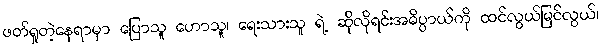
ဖတ်ရှုတဲ့နေရာမှာ ပြောသူ ဟောသူ၊ ရေးသားသူ ရဲ့ ဆိုလိုရင်းအဓိပ္ပာယ်ကို ထင်လွယ်မြင်လွယ်၊